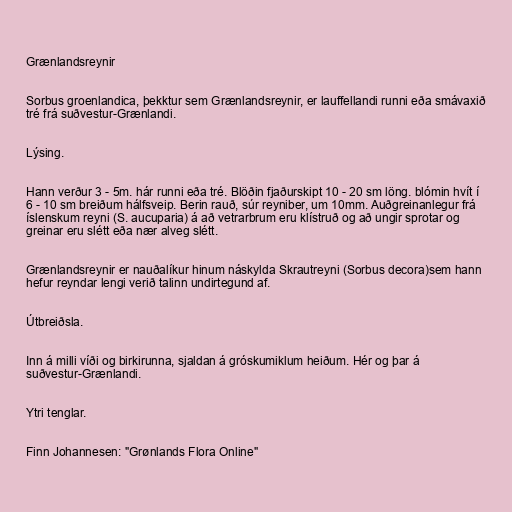
Grænlandsreynir

Sorbus groenlandica, þekktur sem Grænlandsreynir, er lauffellandi runni eða smávaxið
tré frá suðvestur-Grænlandi.

Lýsing.

Hann verður 3 - 5m. hár runni eða tré. Blöðin fjaðurskipt 10 - 20 sm löng. blómin hvít í
6 - 10 sm breiðum hálfsveip. Berin rauð, súr reyniber, um 10mm. Auðgreinanlegur frá
íslenskum reyni (S. aucuparia) á að vetrarbrum eru klístruð og að ungir sprotar og
greinar eru slétt eða nær alveg slétt.

Grænlandsreynir er nauðalíkur hinum náskylda Skrautreyni (Sorbus decora)sem hann
hefur reyndar lengi verið talinn undirtegund af.

Útbreiðsla.

Inn á milli víði og birkirunna, sjaldan á gróskumiklum heiðum. Hér og þar á
suðvestur-Grænlandi.

Ytri tenglar.

Finn Johannesen: "Grønlands Flora Online"